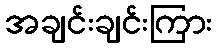
အချင်းချင်းကြား